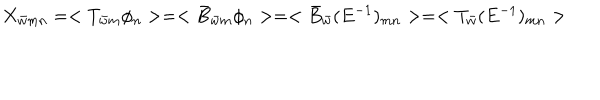
LaTeX: X _ { \bar { w } m n } = < T _ { \bar { w } m } \phi _ { n } > = < \bar { B } _ { \bar { w } m } \phi _ { n } > = < \bar { B } _ { \bar { w } } ( E ^ { - 1 } ) _ { m n } > = < T _ { \bar { w } } ( E ^ { - 1 } ) _ { m n } >